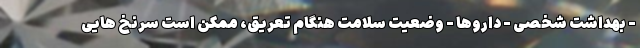
- بهداشت شخصی - داروها - وضعیت سلامت هنگام تعریق، ممکن است سرنخ هایی